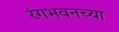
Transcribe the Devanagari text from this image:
रंगभवनच्या